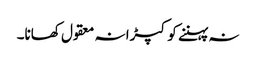
نہ پہننے کو کپڑا نہ معقول کھانا۔